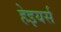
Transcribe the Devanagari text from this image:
हेइयर्स